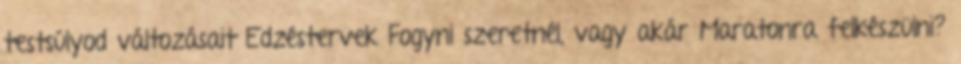
testsúlyod változásait Edzéstervek Fogyni szeretnél, vagy akár Maratonra felkészülni?